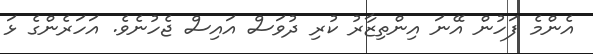
އެންމެ ފަހުން އޭނަ އިންތިޒާރު ކުރި ދުވަސް އައިސް ޖެހުނެވެ. އަހަރެންގެ ޅަ